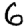
Digit: 6